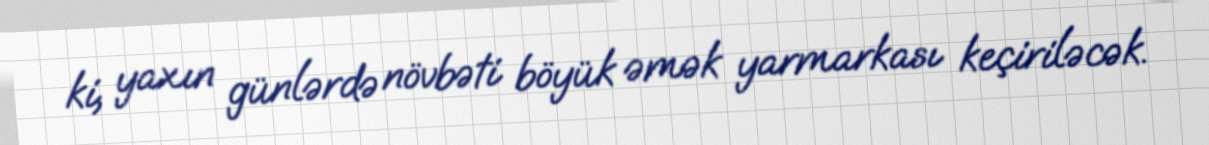
ki, yaxın günlərdə növbəti böyük əmək yarmarkası keçiriləcək.